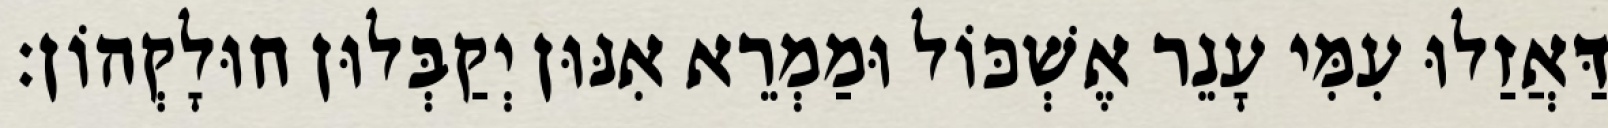
דַּאֲזַלוּ עִמִּי עָנֵר אֶשְׁכּוֹל וּמַמְרֵא אִנּוּן יְקַבְּלוּן חוּלָקְהוֹן׃